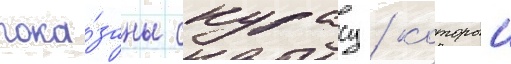
пока́заны скурасу / которыи